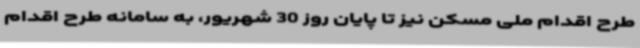
طرح اقدام ملی مسکن نیز تا پایان روز 30 شهریور، به سامانه طرح اقدام